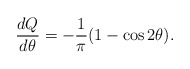
\begin{align*}\frac{dQ}{d\theta} = -\frac{1}{\pi}(1 - \cos 2 \theta).\end{align*}